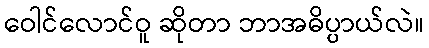
ဝေါင်လောင်ဝူ ဆိုတာ ဘာအဓိပ္ပာယ်လဲ။